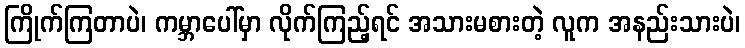
ကြိုက်ကြတာပဲ၊ ကမ္ဘာပေါ်မှာ လိုက်ကြည့်ရင် အသားမစားတဲ့ လူက အနည်းသားပဲ၊